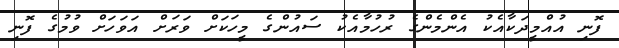
ފޮނި އުއްމީދަކާއެކު އެންމެންގެ ރުހުމާއެކު ސައުންގެ މީހަކަށް ވަރަށް އަވަހަށް ވުމުގެ ފޮނި